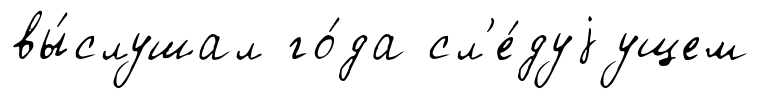
вы́слушал го́да сл'е́дуjущем